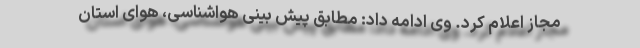
مجاز اعلام کرد. وی ادامه داد: مطابق پیش بینی هواشناسی، هوای استان